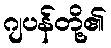
ဂျပန်တို့၏